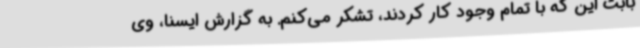
بابت این که با تمام وجود کار کردند، تشکر می‌کنم. به گزارش ایسنا، وی